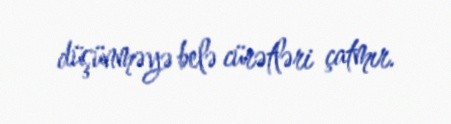
düşünməyə belə cürətləri çatmır.